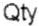
QTY